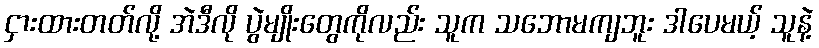
ငှားထားတတ်လို့ အဲဒီလို ပွဲမျိုးတွေကိုလည်း သူက သဘောမကျဘူး ဒါပေမယ့် သူနဲ့